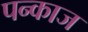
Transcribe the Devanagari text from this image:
पन्काज